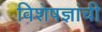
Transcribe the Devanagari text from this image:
विशेषज्ञांची